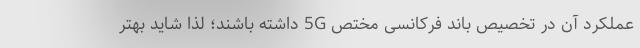
عملکرد آن در تخصیص باند فرکانسی مختص 5G داشته باشند؛ لذا شاید بهتر